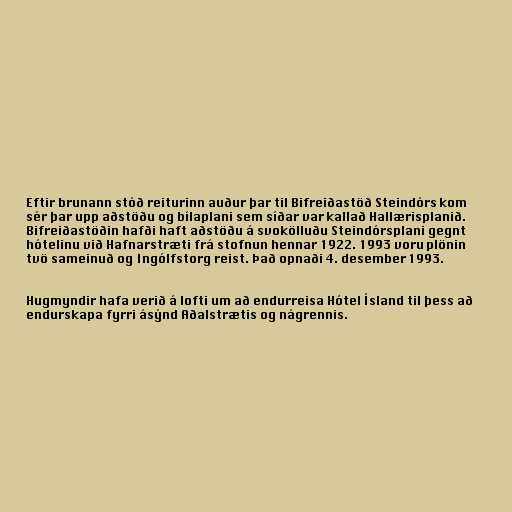
Eftir brunann stóð reiturinn auður þar til Bifreiðastöð Steindórs kom
sér þar upp aðstöðu og bílaplani sem síðar var kallað Hallærisplanið.
Bifreiðastöðin hafði haft aðstöðu á svokölluðu Steindórsplani gegnt
hótelinu við Hafnarstræti frá stofnun hennar 1922. 1993 voru plönin
tvö sameinuð og Ingólfstorg reist. Það opnaði 4. desember 1993.

Hugmyndir hafa verið á lofti um að endurreisa Hótel Ísland til þess að
endurskapa fyrri ásýnd Aðalstrætis og nágrennis.